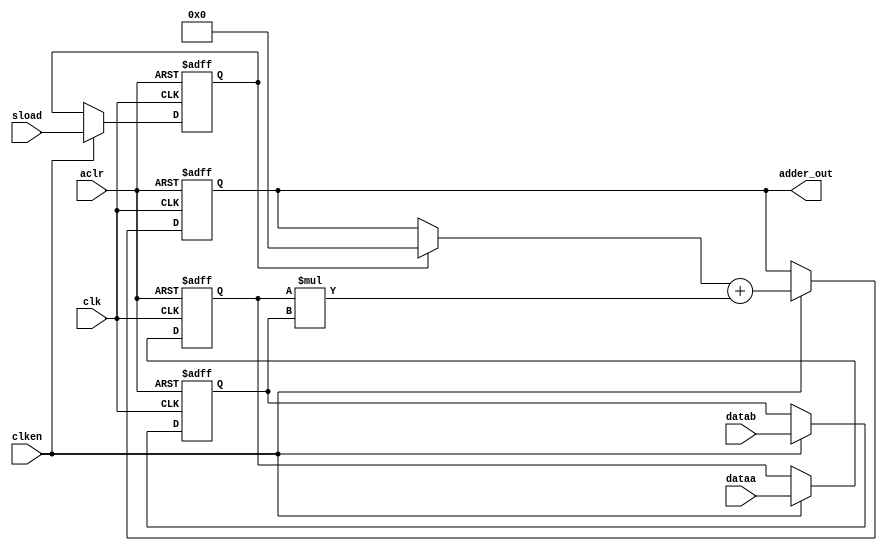
// Quartus II Verilog Template
// Signed multiply-accumulate

module signed_multiply_accumulate
#(parameter WIDTH=8)
(
	input clk, aclr, clken, sload,
	input signed [WIDTH-1:0] dataa,
	input signed [WIDTH-1:0] datab,
	output reg signed [2*WIDTH-1:0] adder_out
);

	// Declare registers and wires
	reg  signed [WIDTH-1:0] dataa_reg, datab_reg;
	reg  sload_reg;
	reg	 signed [2*WIDTH-1:0] old_result;
	wire signed [2*WIDTH-1:0] multa;

	// Store the results of the operations on the current data
	assign multa = dataa_reg * datab_reg;

	// Store (or clear) old results
	always @ (adder_out, sload_reg)
	begin
		if (sload_reg)
			old_result <= 0;
		else
			old_result <= adder_out;
	end

	// Clear or update data, as appropriate
	always @ (posedge clk or posedge aclr)
	begin
		if (aclr)
		begin
			dataa_reg <= 0;
			datab_reg <= 0;
			sload_reg <= 0;
			adder_out <= 0;
		end
		else if (clken)
		begin
			dataa_reg <= dataa;
			datab_reg <= datab;
			sload_reg <= sload;
			adder_out <= old_result + multa;
		end
	end
endmodule